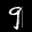
Label: 9